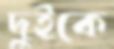
দুইকে